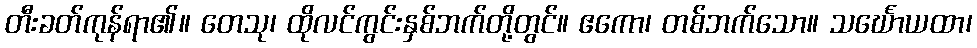
တီးခတ်ကုန်ရာ၏။ တေသု၊ ထိုလင်ကွင်းနှစ်ဘက်တို့တွင်။ ဧကော၊ တစ်ဘက်သော။ သင်္ဃောယထာ၊